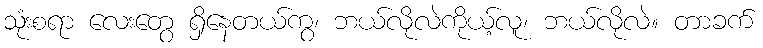
သုံးစရာ လေးတွေ ရှိနေတယ်ကွ၊ ဘယ်လိုလဲကိုယ့်လူ၊ ဘယ်လိုလဲ။ တာခက်